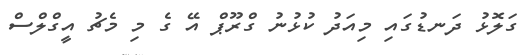
ގަލޮޅު ދަނޑުގައި މިއަދު ކުޅުނު ގްރޫޕް އޭ ގެ މި މެޗު އީގްލްސް